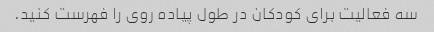
سه فعالیت برای کودکان در طول پیاده روی را فهرست کنید.